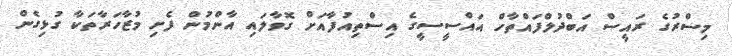
މިސްރުގެ ރައީސް އަބްދުލްފައްތާހް އައްސީސީގެ އިސްތިއުފާއަށް ގޮވާލައި އާންމުން ފެށި މުޒާހަރާތަކާ ގުޅިގެން